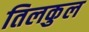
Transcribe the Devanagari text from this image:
तिलकुल